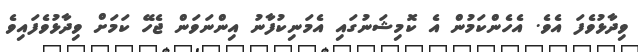
ވިދާޅުވެފަ އެވެ. އެހެންކަމުން އެ ކޮމިޝަނުގައި އެމަނިކުފާނު އިންނަވަން ޖެހޭ ކަމަށް ވިދާޅުވެފައިވެ